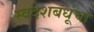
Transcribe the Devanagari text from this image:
स्वदेशबंधूंचा